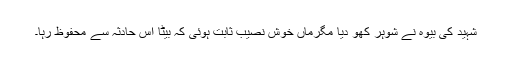
شہید کی بیوہ نے شوہر کھو دیا مگرماں خوش نصیب ثابت ہوئی کہ بیٹا اس حادثہ سے محفوظ رہا۔